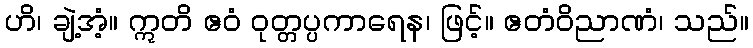
ဟိ၊ ချဲ့အံ့။ ဣတိ ဧဝံ ဝုတ္တပ္ပကာရေန၊ ဖြင့်။ ဧတံဝိညာဏံ၊ သည်။